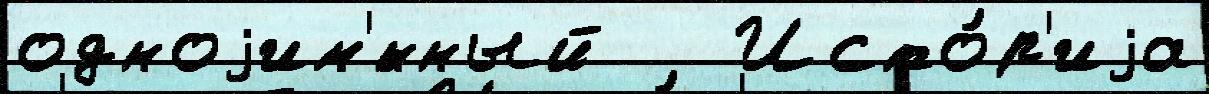
одноjим'́нный   Исто́р'иjа